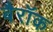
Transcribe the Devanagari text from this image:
बैरॉक